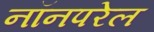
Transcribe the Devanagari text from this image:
नॉनपरेल